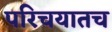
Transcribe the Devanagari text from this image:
परिचयातच